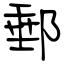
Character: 郵